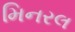
મિનરલ